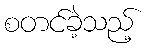
စတင်ခဲ့သည့်